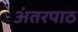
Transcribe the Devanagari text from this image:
अंतरपाठ